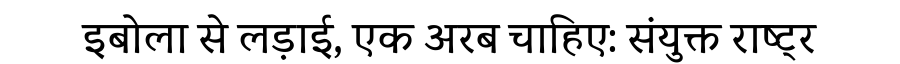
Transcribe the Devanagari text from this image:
इबोला से लड़ाई, एक अरब चाहिए: संयुक्त राष्ट्र